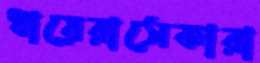
ধায়েরাসেকারা